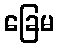
ခြေမ